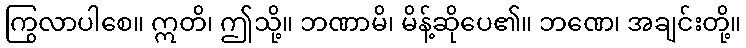
ကြွလာပါစေ။ ဣတိ၊ ဤသို့။ ဘဏာမိ၊ မိန့်ဆိုပေ၏။ ဘဏေ၊ အချင်းတို့။